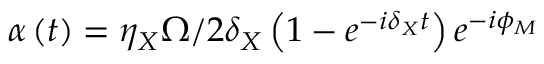
\alpha \left( t \right) = \eta _ { X } \Omega / 2 \delta _ { X } \left( 1 - e ^ { - i \delta _ { X } t } \right) e ^ { - i \phi _ { M } }